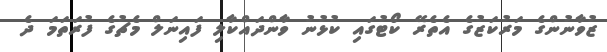
ޒުވާނުންގެ މަރުކަޒުގެ އެތެރޭ ކޯޓުގައި ކުޅުނު ވާންދައްކާލި ފައިނަލް މެޗުގެ ފުރަތަމަ ދެ